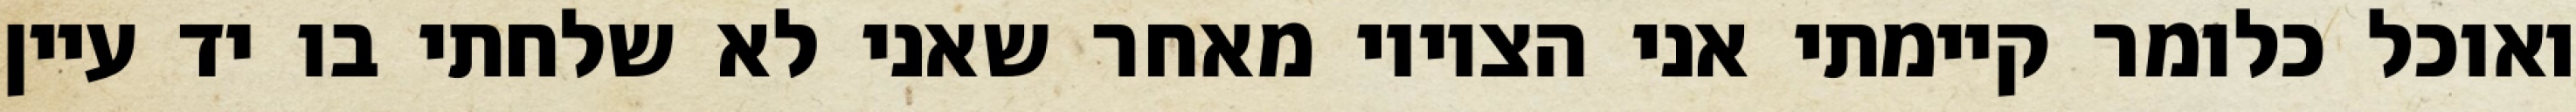
ואוכל כלומר קיימתי אני הציווי מאחר שאני לא שלחתי בו יד עיין